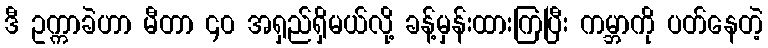
ဒီ ဥက္ကာခဲဟာ မီတာ ၄၀ အရှည်ရှိမယ်လို့ ခန့်မှန်းထားကြပြီး ကမ္ဘာကို ပတ်နေတဲ့